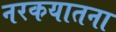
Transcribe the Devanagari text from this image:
नरकयातना